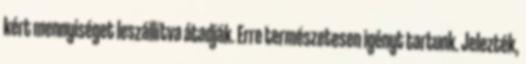
kért mennyiséget leszállítva átadják. Erre természetesen igényt tartunk. Jelezték,